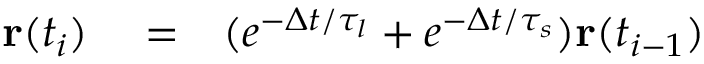
\begin{array} { r l r } { \mathbf { r } ( t _ { i } ) } & { { } = } & { ( e ^ { - \Delta t / \tau _ { l } } + e ^ { - \Delta t / \tau _ { s } } ) \mathbf { r } ( t _ { i - 1 } ) } \end{array}